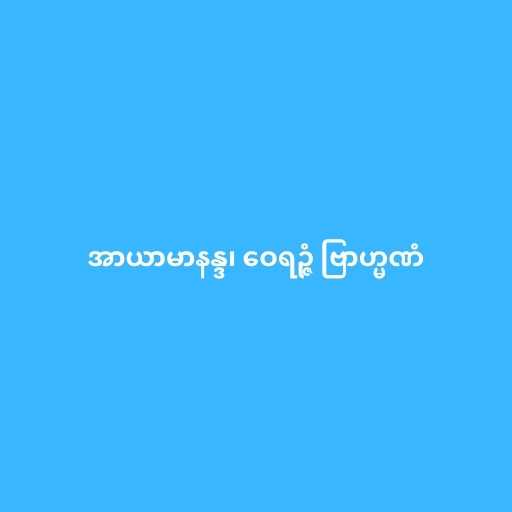
အာယာမာနန္ဒ၊ ဝေရဉ္ဇံ ဗြာဟ္မဏံ